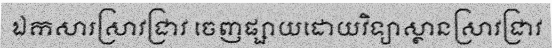
ឯកសារស្រាវជ្រាវ ចេញផ្សាយដោយវិទ្យាស្ថានស្រាវជ្រាវ